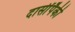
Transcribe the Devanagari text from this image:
दासींपैकी